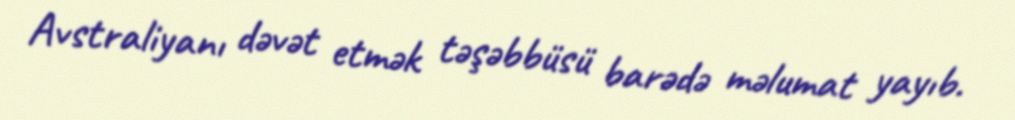
Avstraliyanı dəvət etmək təşəbbüsü barədə məlumat yayıb.